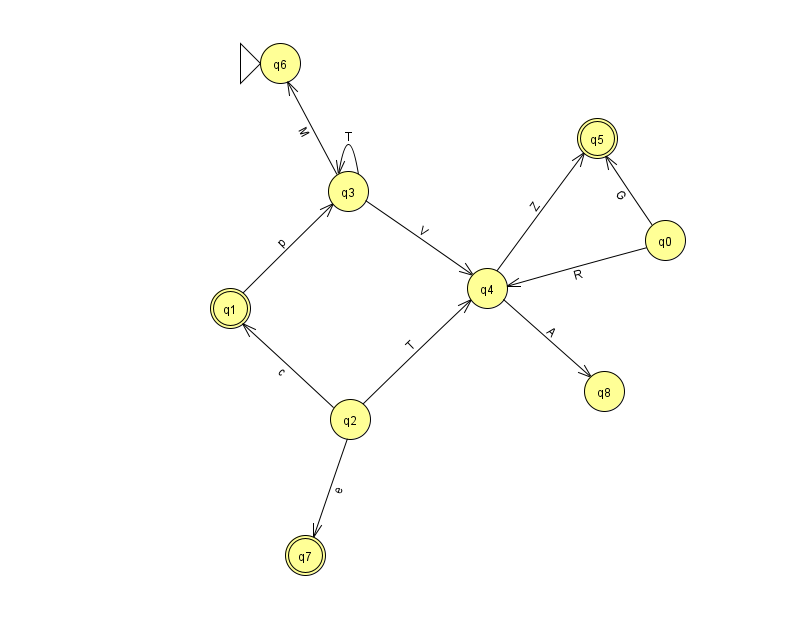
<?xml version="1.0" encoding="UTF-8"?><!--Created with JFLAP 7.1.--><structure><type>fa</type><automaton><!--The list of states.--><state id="0" name="q0"><x>665.0</x><y>227.0</y></state><state id="1" name="q1"><x>230.0</x><y>295.0</y><final/></state><state id="2" name="q2"><x>350.0</x><y>406.0</y></state><state id="3" name="q3"><x>348.0</x><y>178.0</y></state><state id="4" name="q4"><x>487.0</x><y>275.0</y></state><state id="5" name="q5"><x>597.0</x><y>125.0</y><final/></state><state id="6" name="q6"><x>280.0</x><y>50.0</y><initial/></state><state id="7" name="q7"><x>305.0</x><y>542.0</y><final/></state><state id="8" name="q8"><x>604.0</x><y>378.0</y></state><!--The list of transitions.--><transition><from>2</from><to>4</to><read>T</read></transition><transition><from>3</from><to>4</to><read>V</read></transition><transition><from>4</from><to>5</to><read>Z</read></transition><transition><from>0</from><to>5</to><read>G</read></transition><transition><from>3</from><to>3</to><read>T</read></transition><transition><from>3</from><to>6</to><read>M</read></transition><transition><from>2</from><to>1</to><read>c</read></transition><transition><from>1</from><to>3</to><read>p</read></transition><transition><from>4</from><to>8</to><read>A</read></transition><transition><from>2</from><to>7</to><read>e</read></transition><transition><from>0</from><to>4</to><read>R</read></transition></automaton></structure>